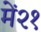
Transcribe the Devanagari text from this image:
में२१